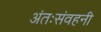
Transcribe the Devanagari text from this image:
अंतःसंवहनी